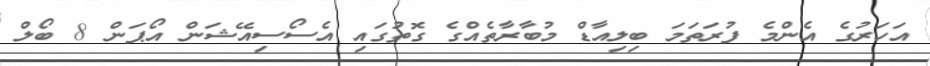
އަހަރުގެ އެންމެ ފުރަތަމަ ބިލިއާޑް މުބާރާތެއްގެ ގޮތުގައި އެސޯސިއޭޝަން އޯޕަން 8 ބޯލް